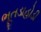
ભૂતડાહોડી